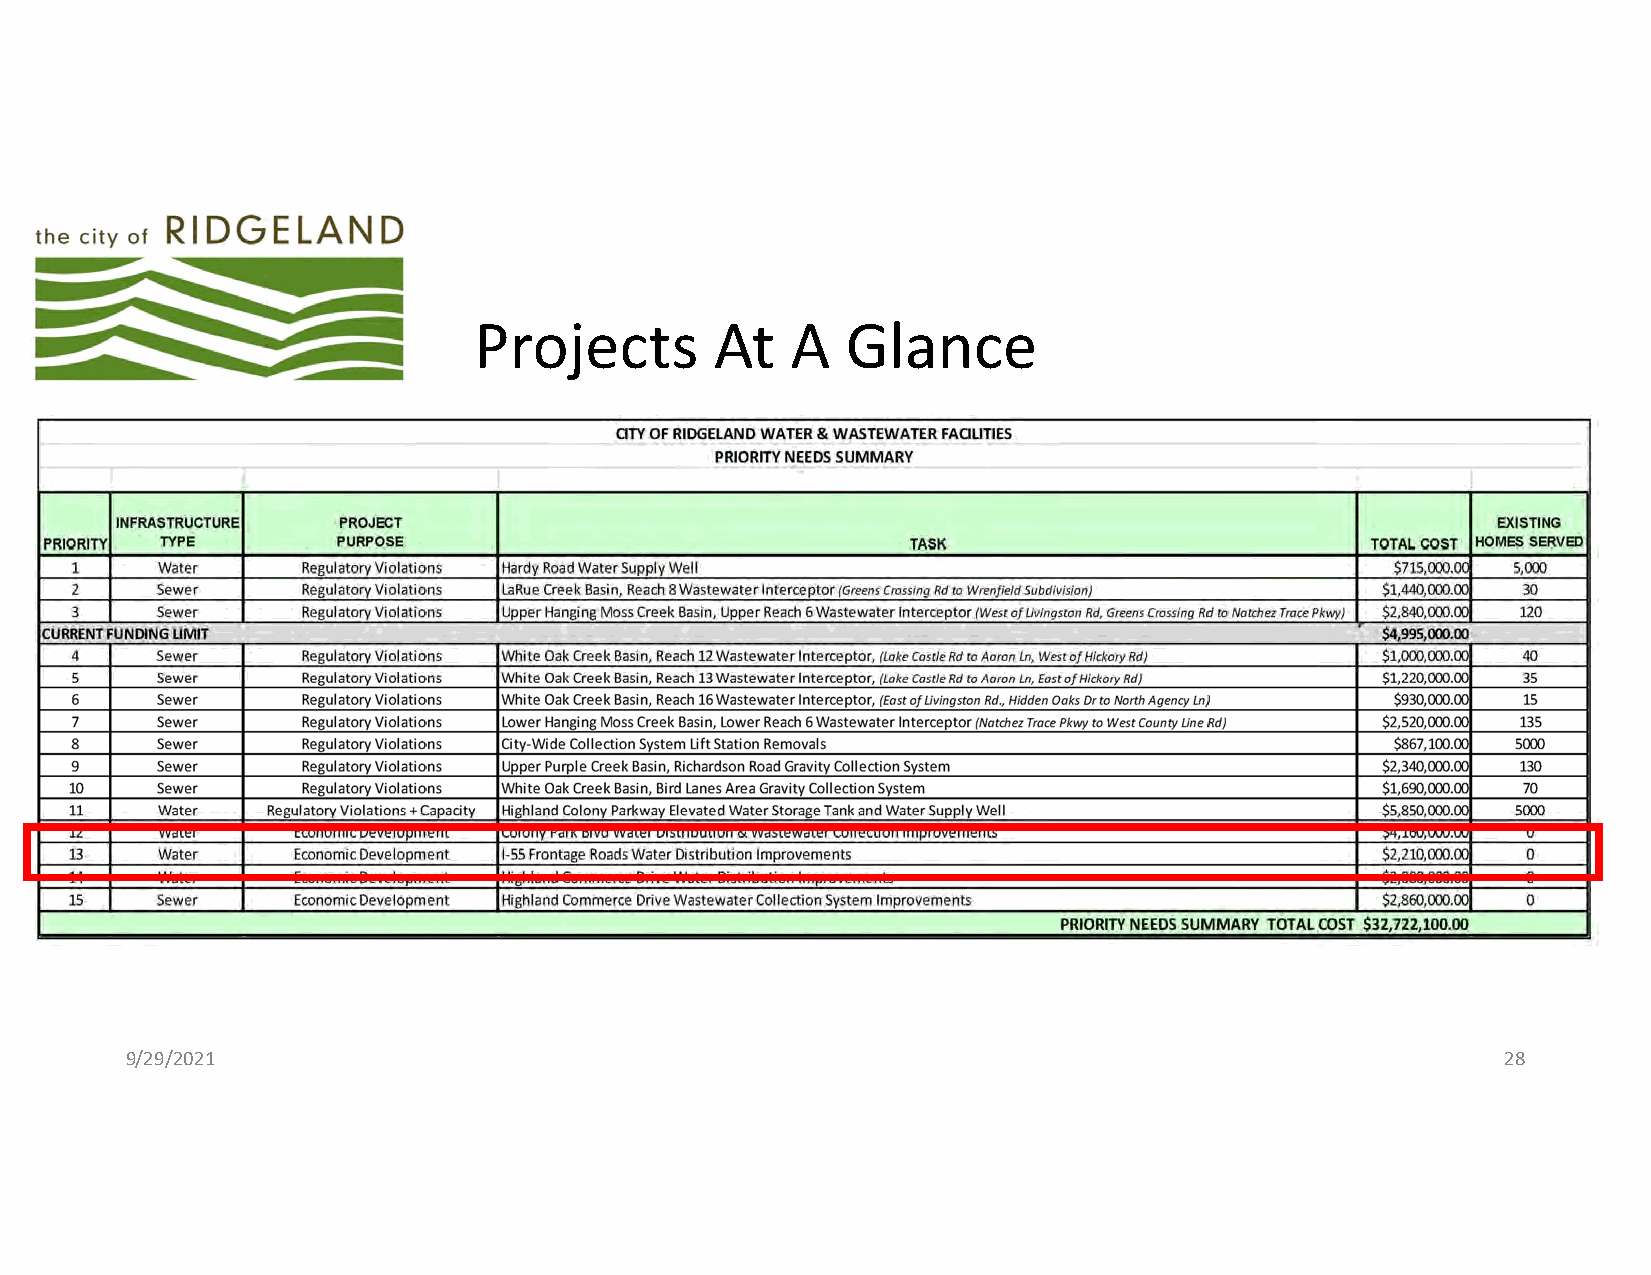
Projects        At   A   Glance
 9/29/2021                                                                                   28